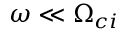
\omega \ll \Omega _ { c i }